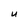
Character: U